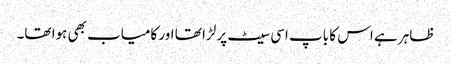
ظاہر ہے اس کا باپ اسی سیٹ پر لڑا تھا اور کامیاب بھی ہوا تھا۔